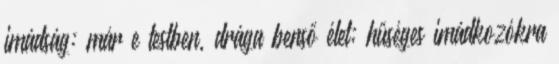
imádság: már e testben, drága benső élet; hűséges imádkozókra